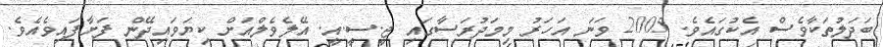
ބަދަލުތަކާވެސް އެކުގައެވެ. 2005 ވަނަ އަހަރު މިމަދުރަސާގައި ޖީ.ސީ.އީ. އޭލެވެލްއަށް ކިޔަވައިދޭން ފަށާފައިވެއެވެ.